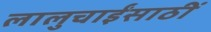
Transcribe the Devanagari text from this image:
लालुचाईंसाठीं